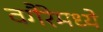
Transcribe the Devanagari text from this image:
वगैरेमध्ये